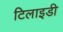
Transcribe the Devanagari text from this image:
टिलाइडी